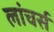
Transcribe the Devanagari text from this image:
लांचर्स